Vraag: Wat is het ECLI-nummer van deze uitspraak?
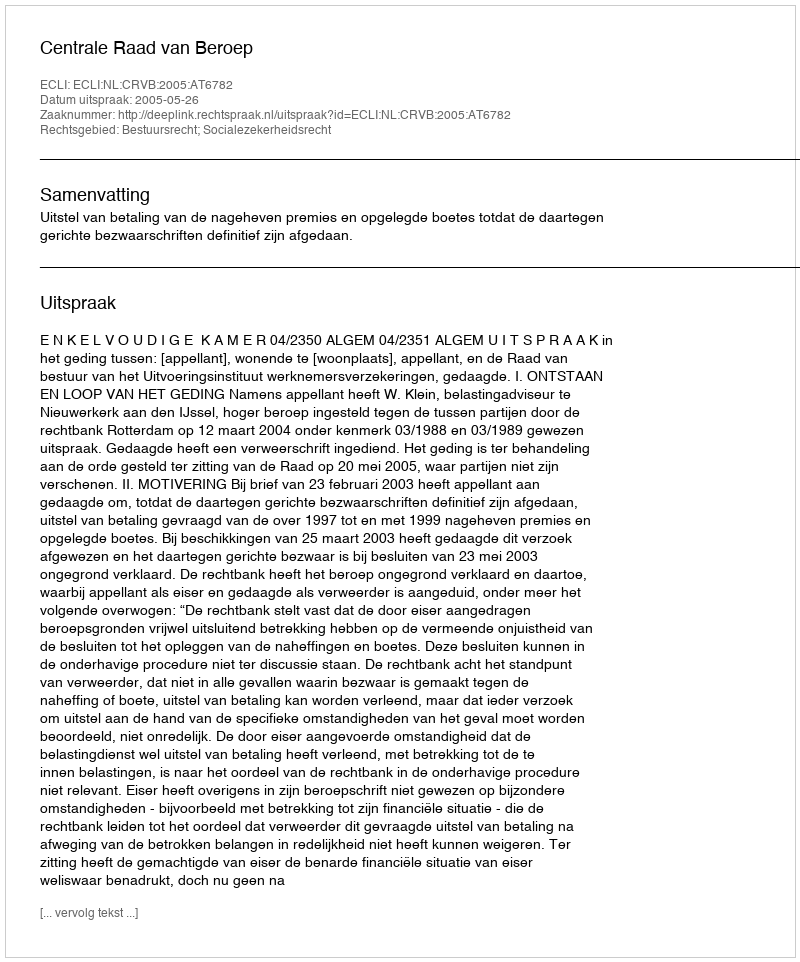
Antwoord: ECLI:NL:CRVB:2005:AT6782